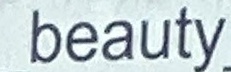
beauty